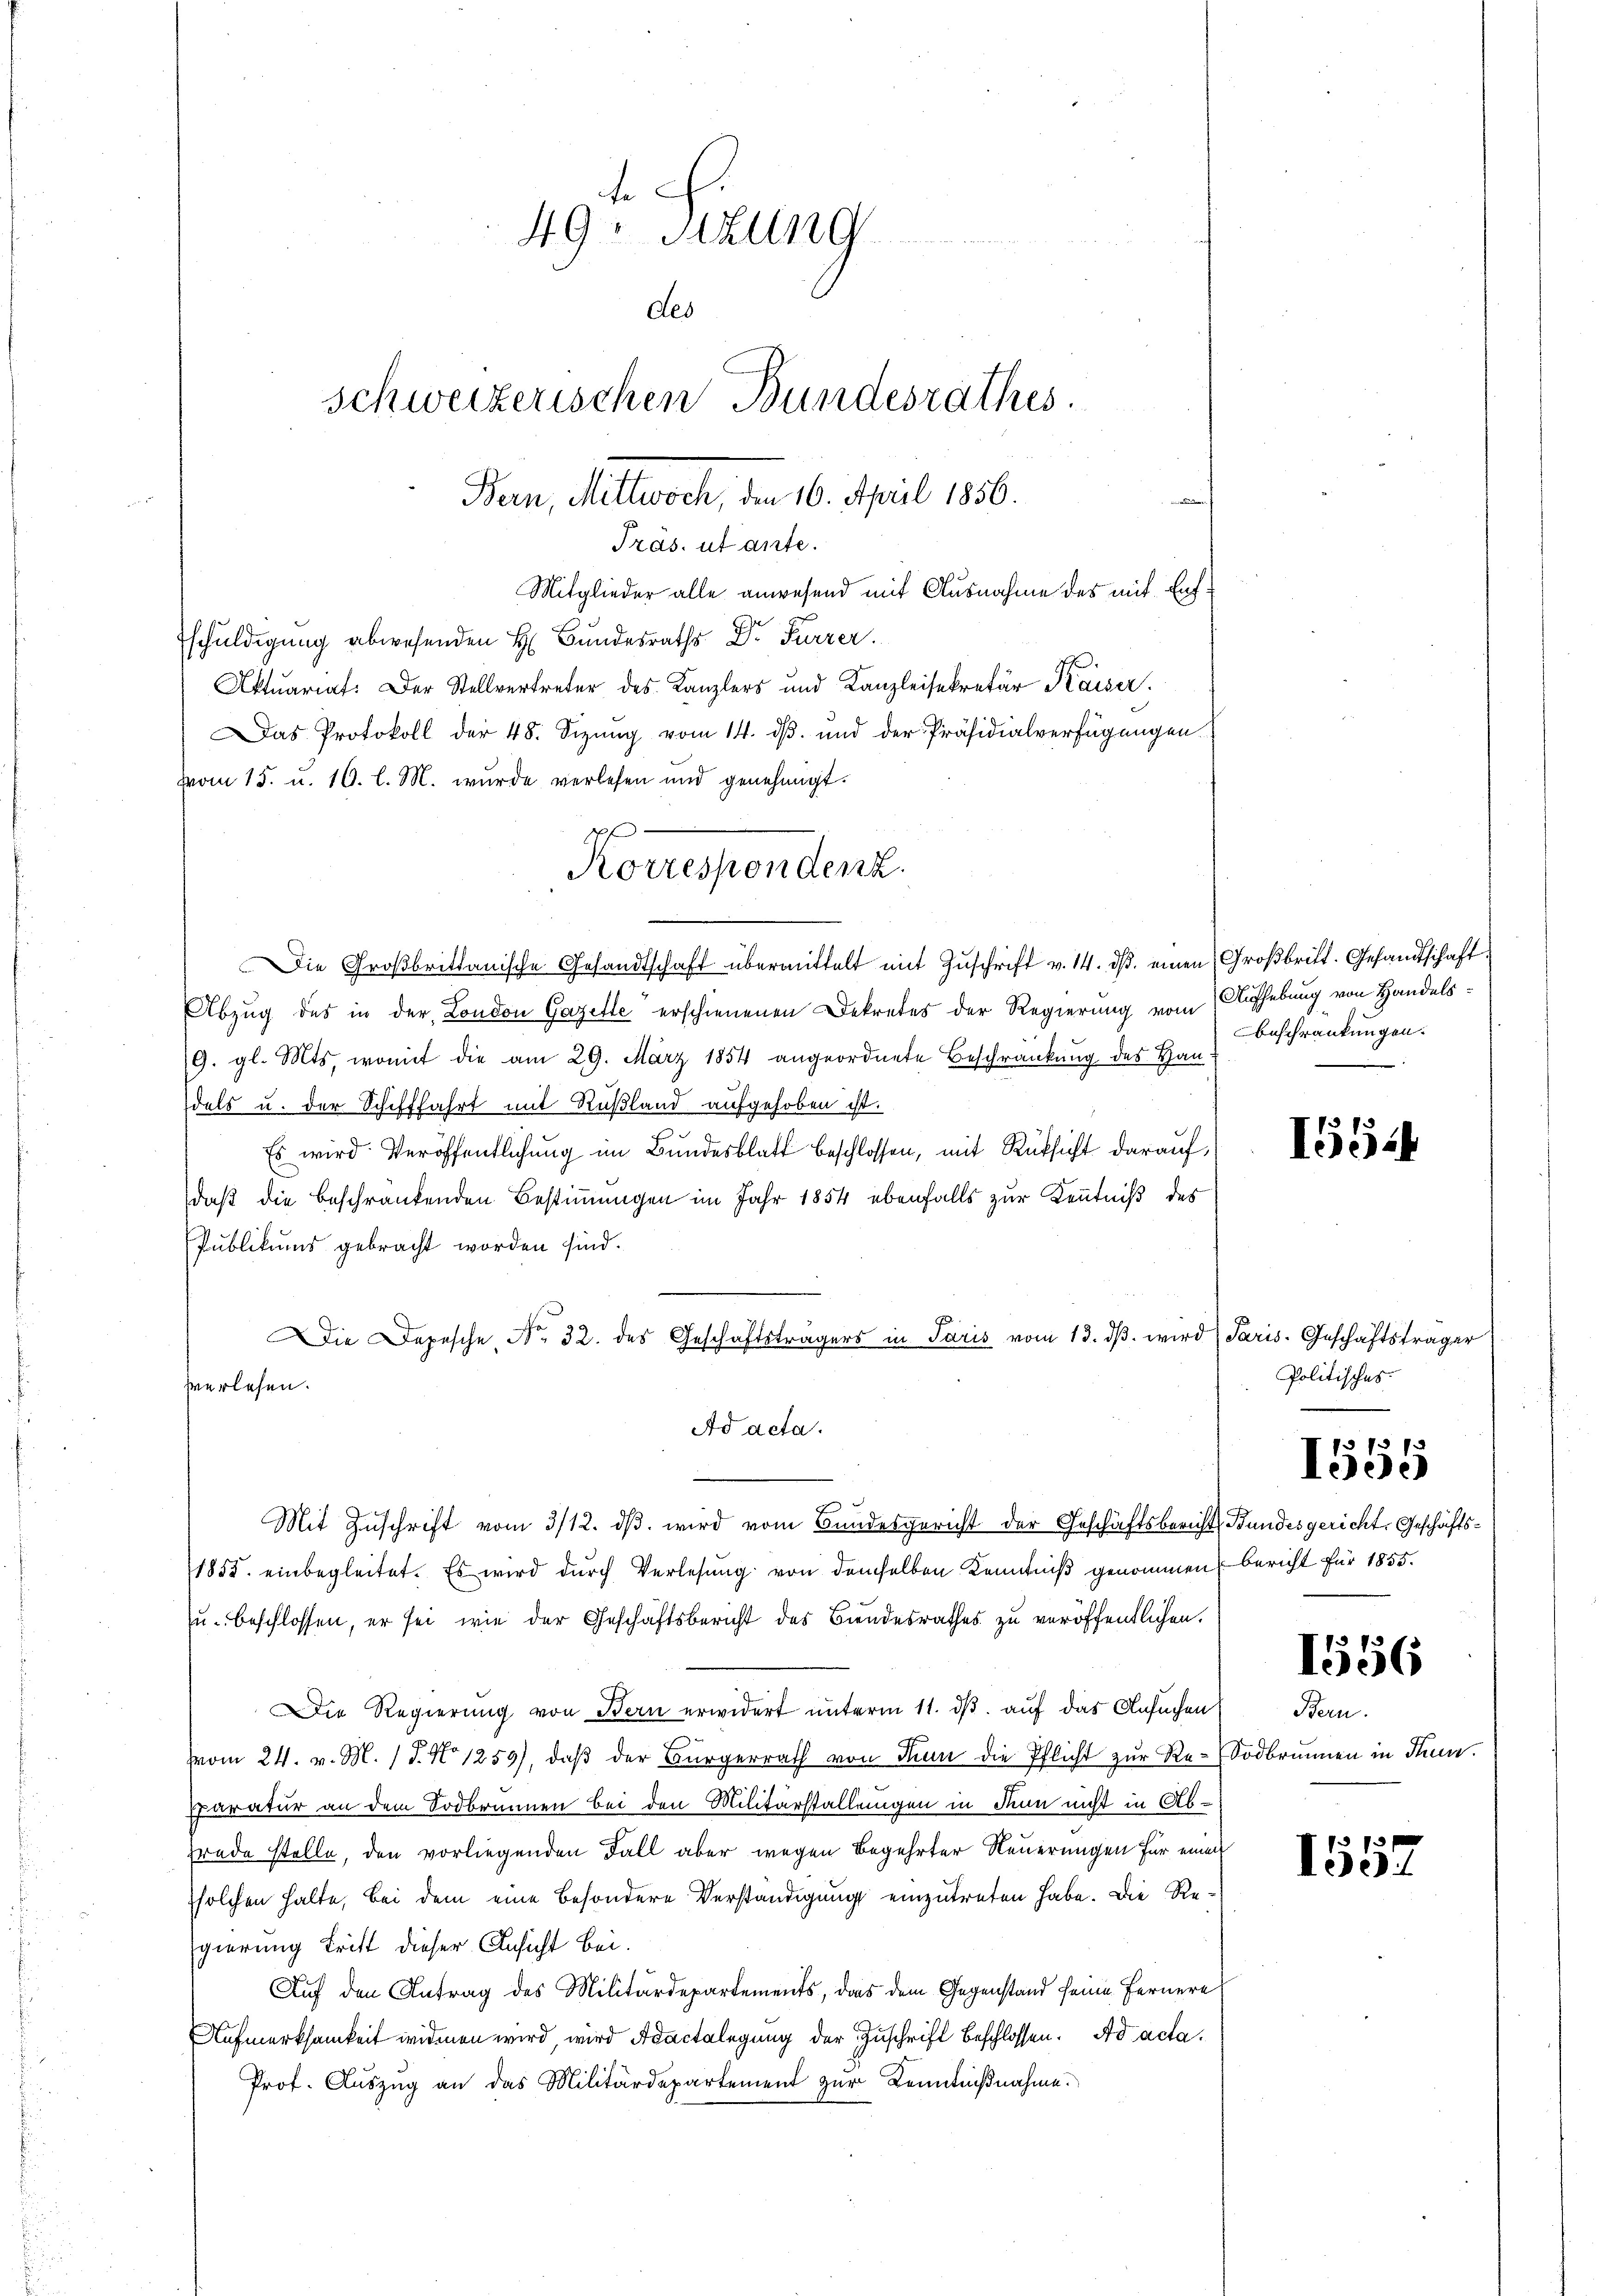
Das Protokoll der 48. Sizŭng vom 14. dβ. und der Präsidialverfügungen
vom 15. u. 16. l. M. wurde verlesen und genehmigt.

fe
49. Sitzung
des
schweizerischen Bundesrathes.
Ban, Mittwoch, den 16. April 1856.

Tras. ut ante.
Mitglieder alle anwesend mit Ausnahme des mit Ent¬
Eschuldigung abwesenden H. Bundesraths Dr. Fürzer.
Aktuariat: Der Stellvertreter des Kanzlers und Kanzleisekretär Kaiser.

Die Großbrittanische Gesandtschaft übermittelt mit Zŭschrift v. 14. dβ. einen Großbritt. Gesandtschaft
Abzug des in der London Gazette erschienenen Dekretes der Regierung vom Aufhebung von Handels¬
9. gl. Mts, womit die am 29. März 1854 angeordnete Beschränkung des Handels u. der Schifffahrt mit Rußland aufgehoben ist.
Es wird Veröffentlichung im Bundesblatt beschlossen, mit Rücksicht darauf,
daß die beschränkenden Bestimmungen im Jahr 1854 ebenfalls zur Kenntniß des
Publikums gebracht worden sind.
Die Depesche No. 32. des Geschäftsträgers in Paris vom 13. dβ wird) Paris. Geschäftsträger
verlesen.
Ad acta.
Mit Zŭschrift vom 3/12. dβ. wird vom Bundesgericht der Geschäftsberichts Bundesgericht, Geschäfts¬
1855. einbegleitet. Es wird durch Verlesung von demselben Kenntniß genommen, bericht für 1855.
u. beschlossen, er sei, wie der Geschäftsbericht des Bundesrathes zu veröffentlichen.
Die Regierung von Bern erwidert unterm 11. ds. auf das Ansuchen
vom 24. v. M. 18. No 1259), daβ der Bürgerrath von Man die Pflicht zur Re-Sodbrunnen in Thun.
paratur an dem Sodbrunnen bei den Militärstallungen in denn nicht in Ab-
frade stelle, den vorliegenden Fall aber wegen Begehrter Neuerungen für einen
solchen halte, bei dem eine besondere Verständigung einzutreten habe. Die Regierung tritt dieser Ansicht bei.
Auf den Antrag des Militärdepartements, das dem Gegenstand seine Fernere
Aufmerksamkeit widmen wird, wird Adactelegung der Zuschrift beschlossen. Ad acta.
Prof. Auszug an das Militärdepartement zur Kenntnißnahme.

Korrespendenz.

Beschränkungen.

I554

Politisches.

73 ff
leere

1556

Bem.

1557